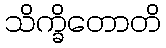
သိက္ခိတောတိ